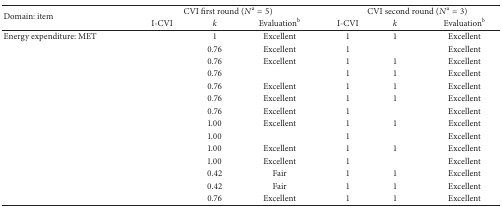
<table><thead><tr><td rowspan="2"><b>Domain: item</b></td><td colspan="3"><b>CVI first round (<i>N</i><sup>a</sup> = 5)</b></td><td colspan="3"><b>CVI second round (<i>N</i><sup>a</sup> = 3)</b></td></tr><tr><td><b>I-CVI</b></td><td><b><i>k</i></b></td><td><b>Evaluation<sup>b</sup></b></td><td><b>I-CVI</b></td><td><b><i>k</i></b></td><td><b>Evaluation<sup>b</sup></b></td></tr></thead><tbody><tr><td>Energy expenditure: MET</td><td>[EMPTY_CELL]</td><td>1</td><td>Excellent</td><td>1</td><td>1</td><td>Excellent</td></tr><tr><td>[EMPTY_CELL]</td><td>[EMPTY_CELL]</td><td>0.76</td><td>Excellent</td><td>1</td><td>[EMPTY_CELL]</td><td>Excellent</td></tr><tr><td>[EMPTY_CELL]</td><td>[EMPTY_CELL]</td><td>0.76</td><td>Excellent</td><td>1</td><td>1</td><td>Excellent</td></tr><tr><td>[EMPTY_CELL]</td><td>[EMPTY_CELL]</td><td>0.76</td><td>[EMPTY_CELL]</td><td>1</td><td>1</td><td>Excellent</td></tr><tr><td>[EMPTY_CELL]</td><td>[EMPTY_CELL]</td><td>0.76</td><td>Excellent</td><td>1</td><td>1</td><td>Excellent</td></tr><tr><td>[EMPTY_CELL]</td><td>[EMPTY_CELL]</td><td>0.76</td><td>Excellent</td><td>1</td><td>1</td><td>Excellent</td></tr><tr><td>[EMPTY_CELL]</td><td>[EMPTY_CELL]</td><td>0.76</td><td>Excellent</td><td>1</td><td>[EMPTY_CELL]</td><td>Excellent</td></tr><tr><td>[EMPTY_CELL]</td><td>[EMPTY_CELL]</td><td>1.00</td><td>Excellent</td><td>1</td><td>1</td><td>Excellent</td></tr><tr><td>[EMPTY_CELL]</td><td>[EMPTY_CELL]</td><td>1.00</td><td>[EMPTY_CELL]</td><td>1</td><td>[EMPTY_CELL]</td><td>Excellent</td></tr><tr><td>[EMPTY_CELL]</td><td>[EMPTY_CELL]</td><td>1.00</td><td>Excellent</td><td>1</td><td>1</td><td>Excellent</td></tr><tr><td>[EMPTY_CELL]</td><td>[EMPTY_CELL]</td><td>1.00</td><td>Excellent</td><td>1</td><td>[EMPTY_CELL]</td><td>Excellent</td></tr><tr><td>[EMPTY_CELL]</td><td>[EMPTY_CELL]</td><td>0.42</td><td>Fair</td><td>1</td><td>1</td><td>Excellent</td></tr><tr><td>[EMPTY_CELL]</td><td>[EMPTY_CELL]</td><td>0.42</td><td>Fair</td><td>1</td><td>1</td><td>Excellent</td></tr><tr><td>[EMPTY_CELL]</td><td>[EMPTY_CELL]</td><td>0.76</td><td>Excellent</td><td>1</td><td>1</td><td>Excellent</td></tr></tbody></table>